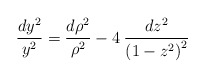
\begin{align*}\frac{dy^{2}}{y^{2}}=\frac{{d\rho ^{2}}}{\rho ^{2}}-4\: \frac{dz^{2}}{\left( 1-z^{2}\right) ^{2}}\end{align*}